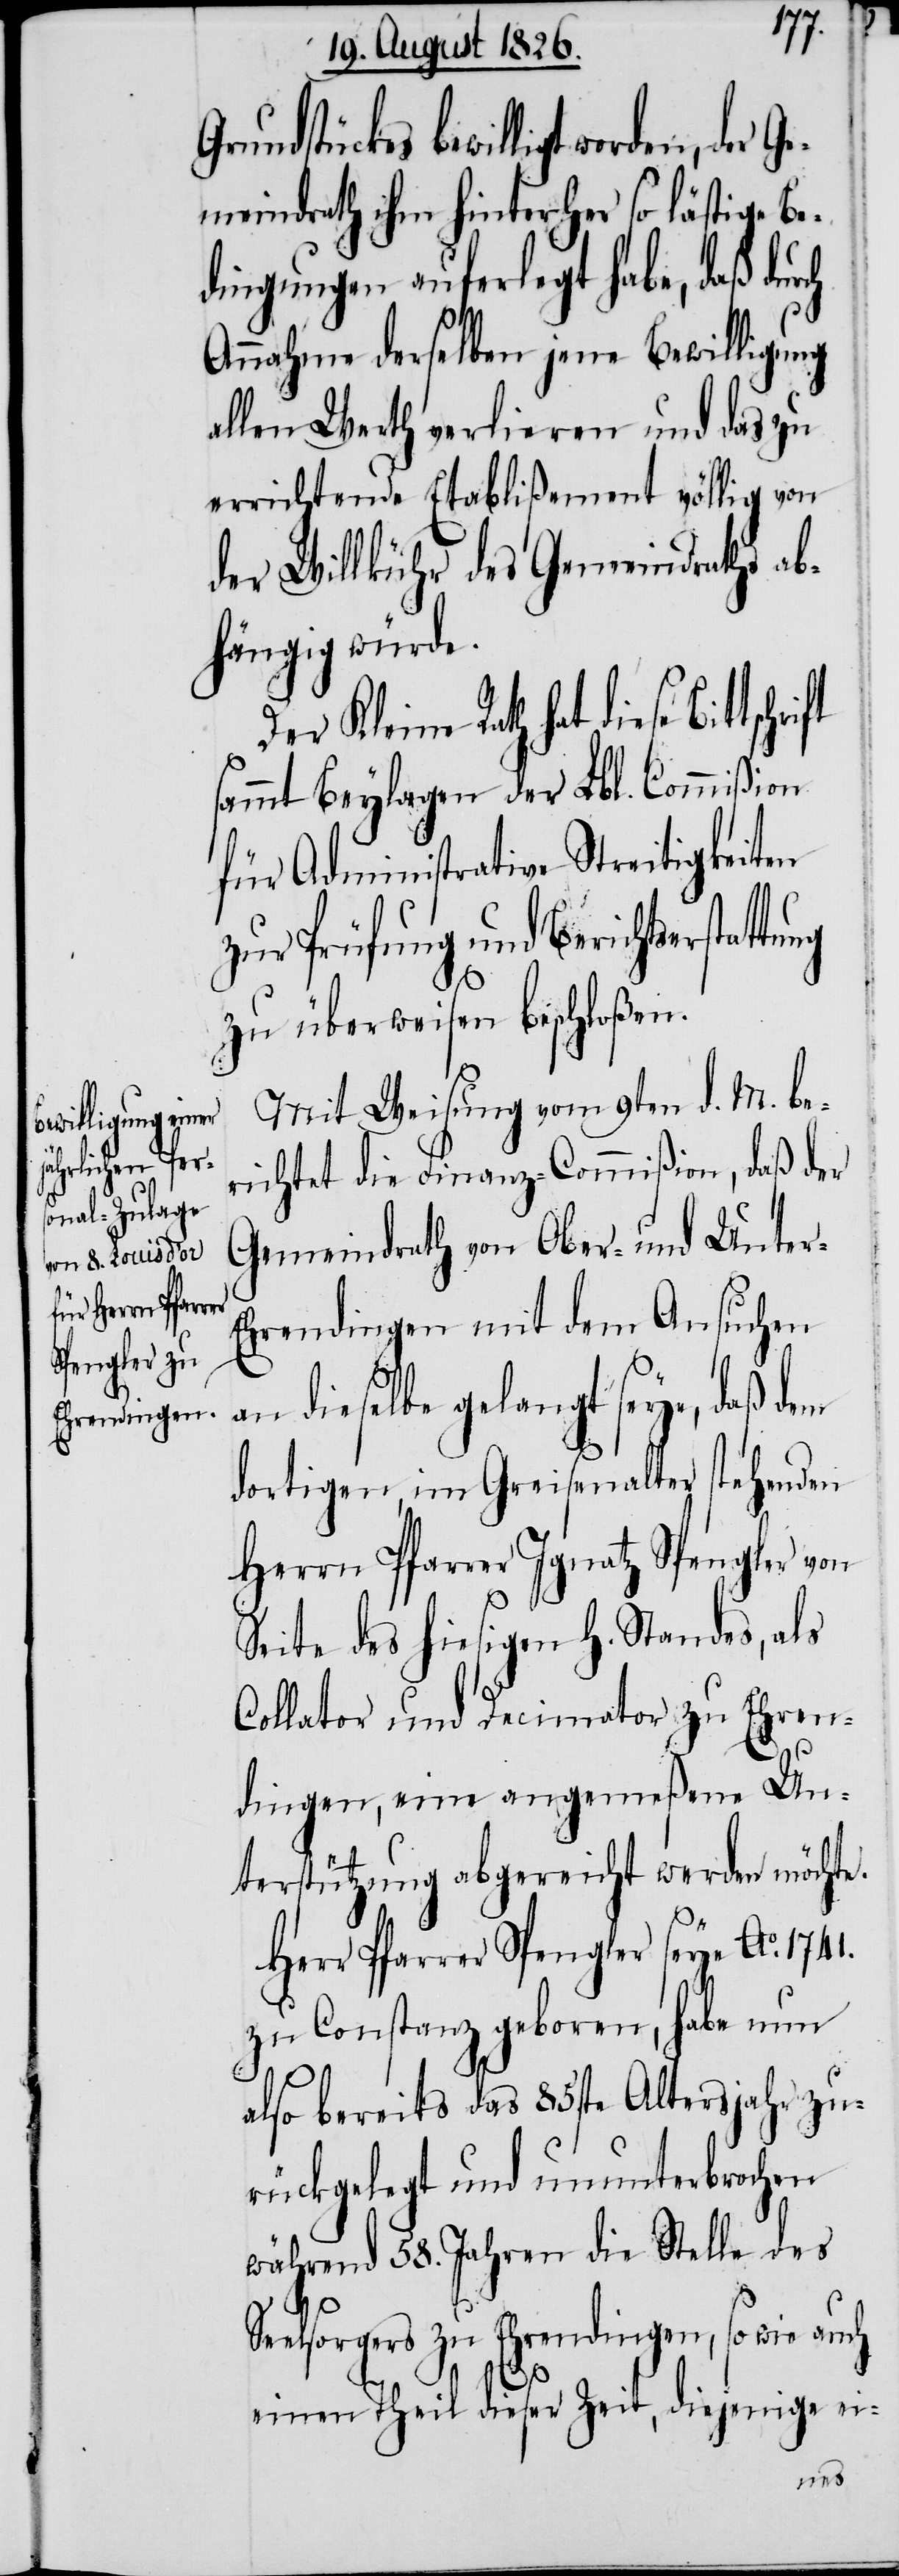
Grundstückes bewilligt worden,
meindrath ihm hinterher so lästige Be¬
dingungen auferlegt habe, daß durch
Annahme derselben jene Bewilligung
allen Werth verlieren und das zu
errichtende Etablißement völlig von
der Willkühr des Gemeindraths ab¬
hängig würde.
Der Kleine Rath hat diese
sammt Beylagen der Lbl. Commißion
für Administrative Streitigkeiten
zur Prüfung und Berichtserstat¬
zu überweisen beschloßen.
Mit Weisung vom 9ten d. M. be¬
richtet die Finanz-Commißion, daß der
Gemeindrath von Ober- und Unte¬
hrendingen mit dem Ansuchen
an dieselbe gelangt seye, daß dem
dortigen, im Greisenalter stehenden
Herrn Pfarrer Ignatz Spengler von
Seite des hiesigen h. Standes, als
Collator und Decimator zu Ehren¬
Se¬
dingen, eine angemeßene Un¬
terstützung abgereicht werden möchte.
Herr Pfarrer Spengler sey Ao. 1741.
zu Constanz geboren, habe nun
also bereits das 85ste Altersjahr zu¬
rückgelegt und ununterbrochen
während 58. Jahren die Stelle des
elsorgers zu Ehrendingen, so wie
einen Theil dieser Zeit, diejenige ei-